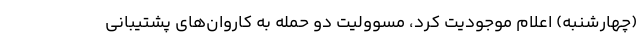
(چهارشنبه) اعلام موجودیت کرد، مسوولیت دو حمله به کاروان‌های پشتیبانی